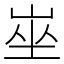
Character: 𡸄